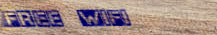
free wifi